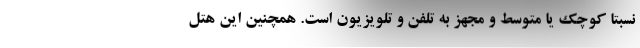
نسبتا کوچک یا متوسط و مجهز به تلفن و تلویزیون است. همچنین این هتل